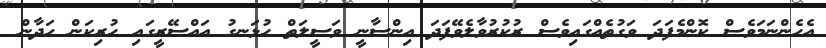
އެހެންނަމަވެސް ކޮންމެފަދަ ވަގުތެއްގައިވެސް ރުކުރުވާލެވޭފަދަ އިންސާނީ ވަސީލަތް ހުޅަނގު އައްސޭރީގައި ހުރިކަން ހަދާން